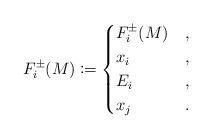
LaTeX: \begin{align*}F_{i}^\pm(M) \coloneqq \begin{cases}F_i^\pm(M) & ,\\x_i & ,\\E_i & ,\\x_j & .\end{cases}\end{align*}